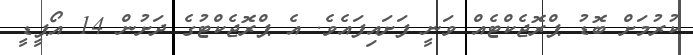
ކުރުމަށް ބޮޑު ޕްރޮޖެކްޓެއް ވަނީ ފަށައިފައެވެ. އެ ޕްރޮޖެކްޓުގެ ދަށުން 14 އޯޕީޑީ